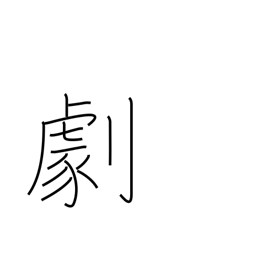
Meaning: drama